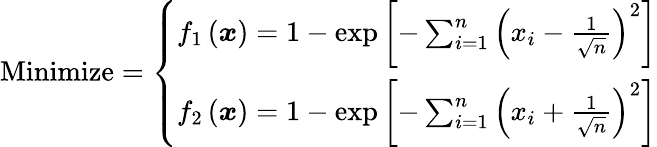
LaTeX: {\mathrm{Minimize}}={\left\{ \begin{array}{ll}{f_{1}\left({\boldsymbol{x}}\right)=1-\exp\left[-\sum_{i=1}^{n}\left(x_{i}-{\frac{1}{\sqrt{n}}}\right)^{2}\right]}\\ {f_{2}\left({\boldsymbol{x}}\right)=1-\exp\left[-\sum_{i=1}^{n}\left(x_{i}+{\frac{1}{\sqrt{n}}}\right)^{2}\right]}\end{array}\right.}